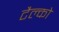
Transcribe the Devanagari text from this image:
टैल्को